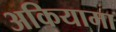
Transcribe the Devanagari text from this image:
अकियामा